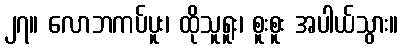
၂၇။ လောဘကပ်ပူး၊ ထိုသူရူး၊ စူးစူး အပါယ်သွား။